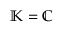
\mathbb { K } = \mathbb { C }